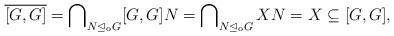
LaTeX: \begin{align*} \overline{[G,G]} = \bigcap\nolimits_{N \trianglelefteq_\mathrm{o} G} [G,G] N = \bigcap\nolimits_{N \trianglelefteq_\mathrm{o} G} X N = X \subseteq [G,G], \end{align*}